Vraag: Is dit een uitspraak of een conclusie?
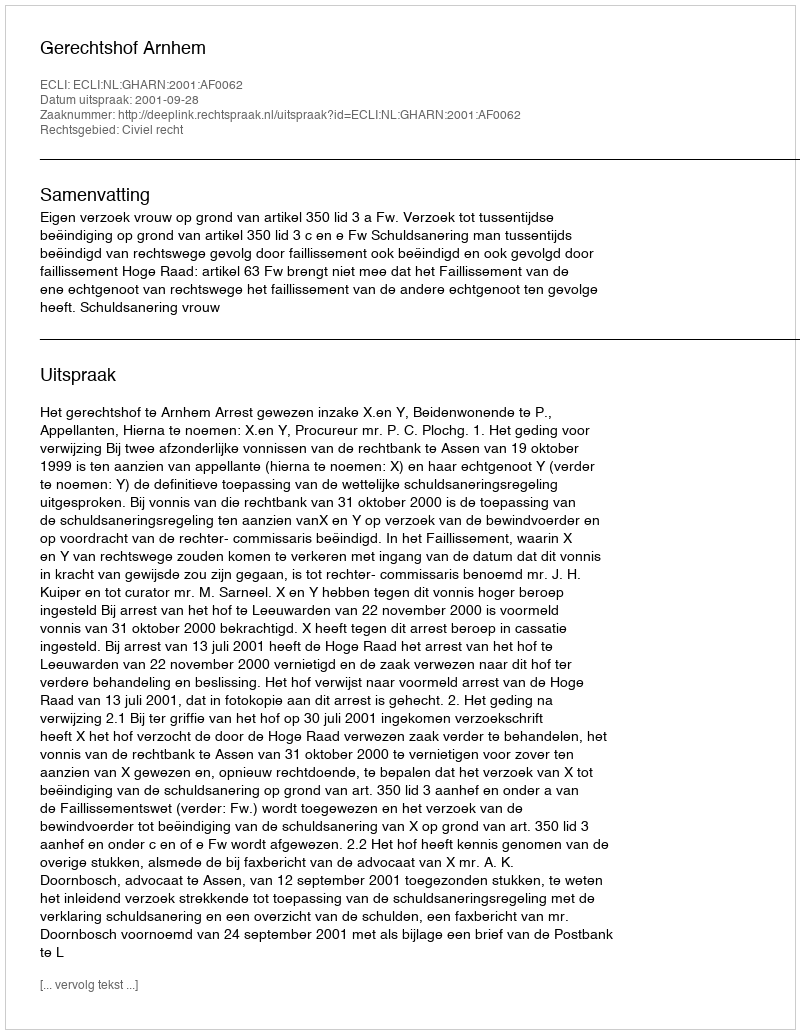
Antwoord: Uitspraak